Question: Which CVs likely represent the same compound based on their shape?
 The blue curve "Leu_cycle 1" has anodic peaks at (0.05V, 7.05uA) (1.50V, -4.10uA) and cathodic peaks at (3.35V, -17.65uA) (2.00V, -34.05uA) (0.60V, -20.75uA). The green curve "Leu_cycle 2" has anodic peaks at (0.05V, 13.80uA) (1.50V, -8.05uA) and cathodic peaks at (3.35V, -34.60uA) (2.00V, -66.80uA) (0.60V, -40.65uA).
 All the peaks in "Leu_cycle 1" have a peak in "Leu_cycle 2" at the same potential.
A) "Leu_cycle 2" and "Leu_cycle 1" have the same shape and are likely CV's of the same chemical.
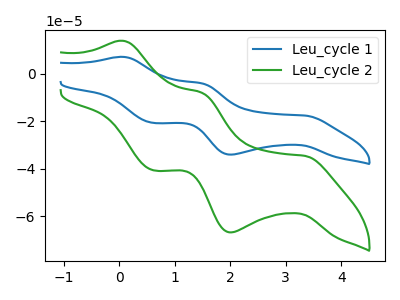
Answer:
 <answer>A) "Leu_cycle 2" and "Leu_cycle 1" have the same shape and are likely CV's of the same chemical.</answer>
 <eval>A</eval>